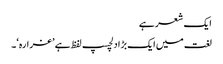
ایک شعر ہے
لغت میں ایک بڑا دلچسپ لفظ ہے ’غرارہ‘۔